Civil Veterinary Department. Madras. Admin. report 1926-33 - 1926-1933
Year: 1926
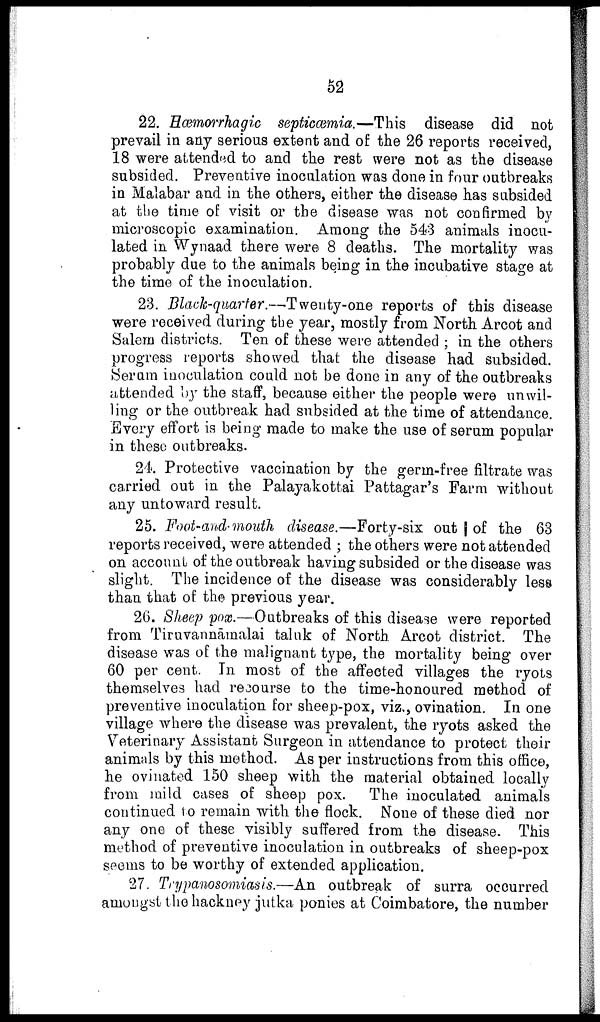
52
22. Hæmorrhagic septicæmia.—This disease did not
prevail in any serious extent and of the 26 reports received,
18 were attended to and the rest were not as the disease
subsided. Preventive inoculation was done in four outbreaks
in Malabar and in the others, either the disease has subsided
at the time of visit or the disease was not confirmed by
microscopic examination. Among the 543 animals inocu
lated in Wynaad there were 8 deaths. The mortality was
probably due to the animals being in the incubative stage at
the time of the inoculation.
23. Black-quarter.—Twenty-one reports of this disease
were received during the year, mostly from North Arcot and
Salem districts. Ten of these were attended; in the others
progress reports showed that the disease had subsided.
Serum inoculation could not be done in any of the outbreaks
attended by the staff, because either the people were unwil
ling or the outbreak had subsided at the time of attendance.
Every effort is being made to make the use of serum popular
in these outbreaks.
24. Protective vaccination by the germ-free filtrate was
carried out in the Palayakottai Pattagar's Farm without
any untoward result.
25. Foot-and-mouth disease.—Forty-six out of the 63
reports received, were attended; the others were not attended
on account of the outbreak having subsided or the disease was
slight. The incidence of the disease was considerably less
than that of the previous year.
26. Sheep pox.—Outbreaks of this disease were reported
from Tiruvannāmalai taluk of North. Arcot district. The
disease was of the malignant type, the mortality being over
60 per cent. In most of the affected villages the ryots
themselves had recourse to the time-honoured method of
preventive inoculation for sheep-pox, viz., ovination. In one
village where the disease was prevalent, the ryots asked the
Veterinary Assistant Surgeon in attendance to protect their
animals by this method. As per instructions from this office,
he ovinated 150 sheep with the material obtained locally
from mild cases of sheep pox. The inoculated animals
continued to remain with the flock. None of these died nor
any one of these visibly suffered from the disease. This
method of preventive inoculation in outbreaks of sheep-pox
seems to be worthy of extended application.
27. Trypanosomiasis.—An outbreak of surra occurred
amongst the hackney jutka ponies at Coimbatore, the number